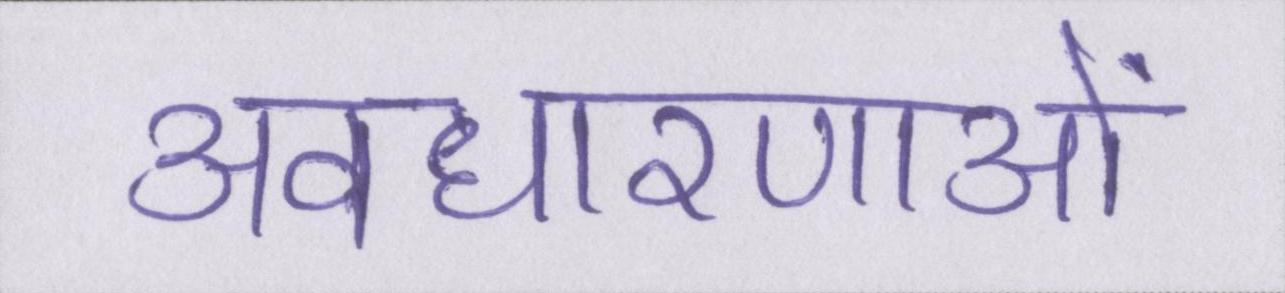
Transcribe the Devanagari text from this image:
अवधारणाओं